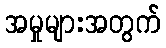
အမှုများအတွက်